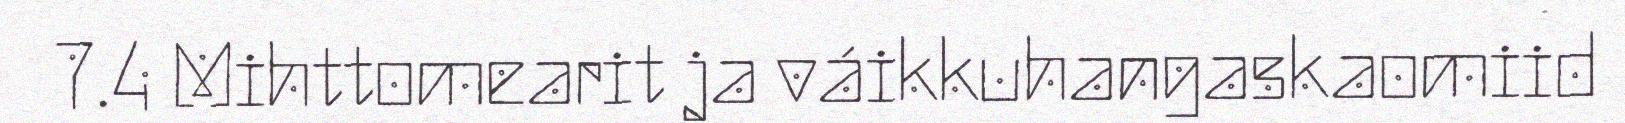
7.4 Mihttomearit ja váikkuhangaskaomiid